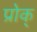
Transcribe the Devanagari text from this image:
प्रोक्